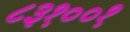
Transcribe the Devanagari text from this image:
८३१००१